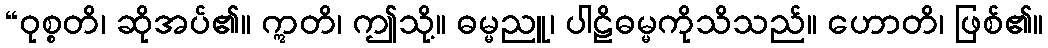
“ဝုစ္စတိ၊ ဆိုအပ်၏။ ဣတိ၊ ဤသို့။ ဓမ္မညူ၊ ပါဠိဓမ္မကိုသိသည်။ ဟောတိ၊ ဖြစ်၏။